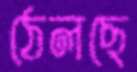
ঠেলছে